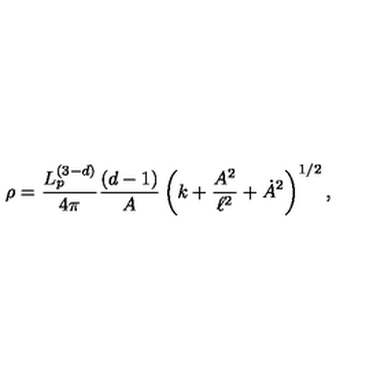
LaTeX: \rho = \frac { L _ { p } ^ { ( 3 - d ) } } { 4 \pi } \frac { ( d - 1 ) } { A } \left( k + \frac { A ^ { 2 } } { \ell ^ { 2 } } + \dot { A } ^ { 2 } \right) ^ { 1 / 2 } ,